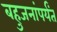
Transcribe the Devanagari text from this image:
बहुजनांपर्यंत